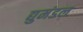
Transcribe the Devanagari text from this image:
द्युमंडल